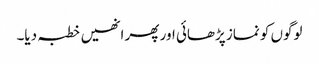
لوگوں کو نماز پڑھائی اور پھر انھیں خطبہ دیا۔